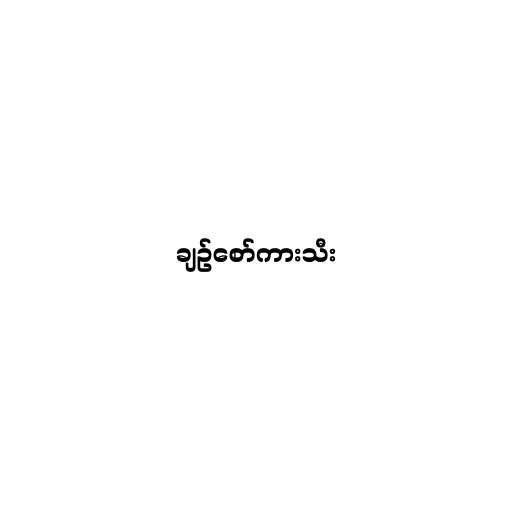
ချဥ်စော်ကားသီး